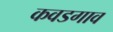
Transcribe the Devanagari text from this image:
कवडगाव